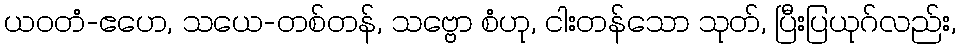
ယဝတံ-ဧဟေ, သယေ-တစ်တန်, သဗ္ဗော စံဟု, ငါးတန်သော သုတ်, ပြီးပြယုဂ်လည်း,